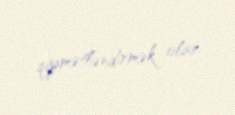
qiymətləndirmək olar.